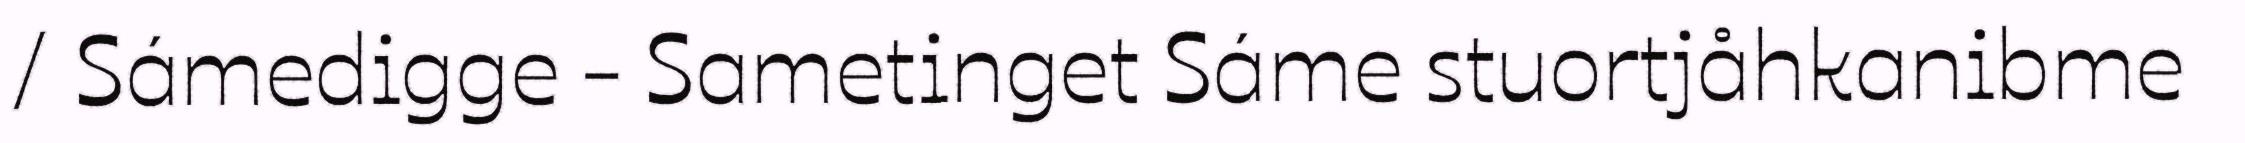
/ Sámedigge - Sametinget Sáme stuortjåhkanibme